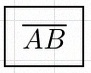
\overline{AB}